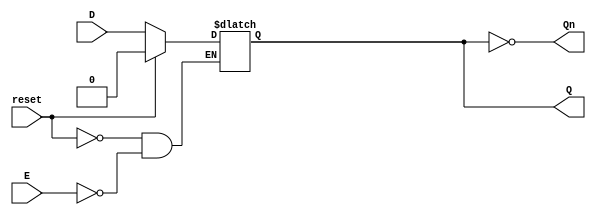
module LatchRegister (
    input wire D,        // Data Input
    input wire E,        // Enable Signal
    input wire reset,    // Reset signal (optional)
    output reg Q,        // Output Q
    output wire Qn       // Complement of output Q
);

// Assign the complement of Q
assign Qn = ~Q;

// Asynchronous reset and latch functionality
always @(*) begin
    if (reset) begin
        Q <= 1'b0;      // Initialize Q to 0 on reset
    end else if (E) begin
        Q <= D;         // Store the value of D when E is high
    end
    // If E is low, Q retains its previous value (latch behavior)
end

endmodule